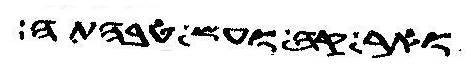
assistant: ואנקבה ומן בהמתה